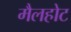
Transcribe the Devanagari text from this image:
मैलहोट